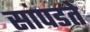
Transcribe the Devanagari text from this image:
सांपडते